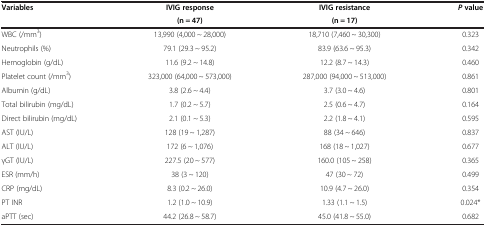
| <ROWSPAN=2> Variables | IVIG response | IVIG resistance | <ROWSPAN=2> P value |
 | (n = 47) | (n = 17) |
 | --- | --- | --- | --- |
 | WBC (/mm3) | 13,990 (4,000 ~ 28,000) | 18,710 (7,460 ~ 30,300) | 0.323 |
 | Neutrophils (%) | 79.1 (29.3 ~ 95.2) | 83.9 (63.6 ~ 95.3) | 0.342 |
 | Hemoglobin (g/dL) | 11.6 (9.2 ~ 14.8) | 12.2 (8.7 ~ 14.3) | 0.460 |
 | Platelet count (/mm3) | 323,000 (64,000 ~ 573,000) | 287,000 (94,000 ~ 513,000) | 0.861 |
 | Albumin (g/dL) | 3.8 (2.6 ~ 4.4) | 3.7 (3.0 ~ 4.6) | 0.801 |
 | Total bilirubin (mg/dL) | 1.7 (0.2 ~ 5.7) | 2.5 (0.6 ~ 4.7) | 0.164 |
 | Direct bilirubin (mg/dL) | 2.1 (0.1 ~ 5.3) | 2.2 (1.8 ~ 4.1) | 0.595 |
 | AST (IU/L) | 128 (19 ~ 1,287) | 88 (34 ~ 646) | 0.837 |
 | ALT (IU/L) | 172 (6 ~ 1,076) | 168 (18 ~ 1,027) | 0.677 |
 | γGT (IU/L) | 227.5 (20 ~ 577) | 160.0 (105 ~ 258) | 0.365 |
 | ESR (mm/h) | 38 (3 ~ 120) | 47 (30 ~ 72) | 0.499 |
 | CRP (mg/dL) | 8.3 (0.2 ~ 26.0) | 10.9 (4.7 ~ 26.0) | 0.354 |
 | PT INR | 1.2 (1.0 ~ 10.9) | 1.33 (1.1 ~ 1.5) | 0.024* |
 | aPTT (sec) | 44.2 (26.8 ~ 58.7) | 45.0 (41.8 ~ 55.0) | 0.682 |